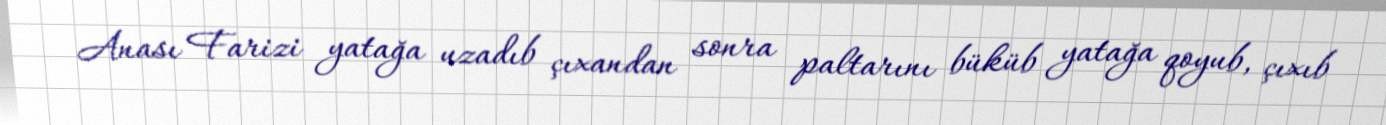
Anası Farizi yatağa uzadıb çıxandan sonra paltarını büküb yatağa qoyub, çıxıb